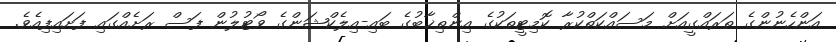
އަންހެނުންގެ ތަރައްގީއަށް މަސައްކަތްކުރާ ކޮމިޓީތަކުގެ އިންތިޚާބުގެ ބައި-އިލެކްޝަންގެ ވޯޓުލުން ފަސް ރަށެއްގައި ފަށައިފިއެވެ.